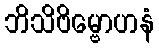
ဘိသိဗိမ္ဗောဟနံ